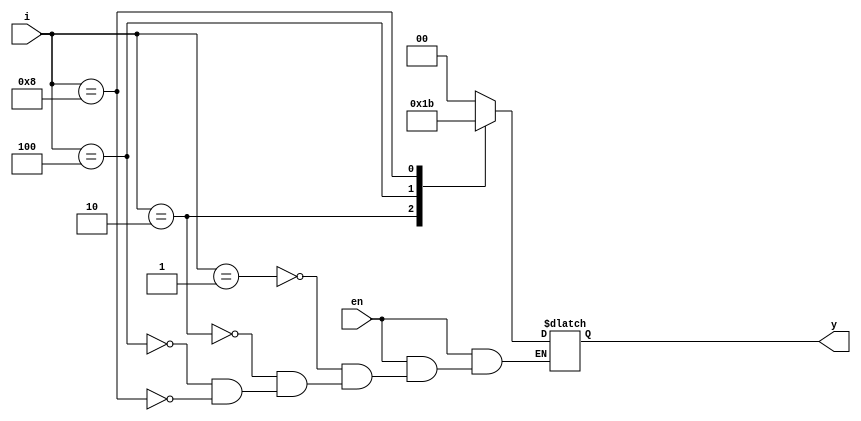
module enc(en,i,y);

input [3:0]i;
input en;
output reg [1:0]y;

always @(*) begin
if (en==0) y=2'bz;
else begin
case(i)
4'b0001: y=0;

4'b0010: y=1;
4'b0100: y=2;
4'b1000: y=3;
endcase
end
end
endmodule